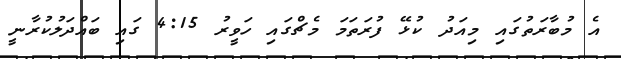
އެ މުބާރަތުގައި މިއަދު ކުޅޭ ފުރަތަމަ މެޗްގައި ހަވީރު 4:15 ގައި ބައްދަލުކުރާނީ